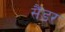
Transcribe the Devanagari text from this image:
सैंडर